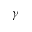
\gamma